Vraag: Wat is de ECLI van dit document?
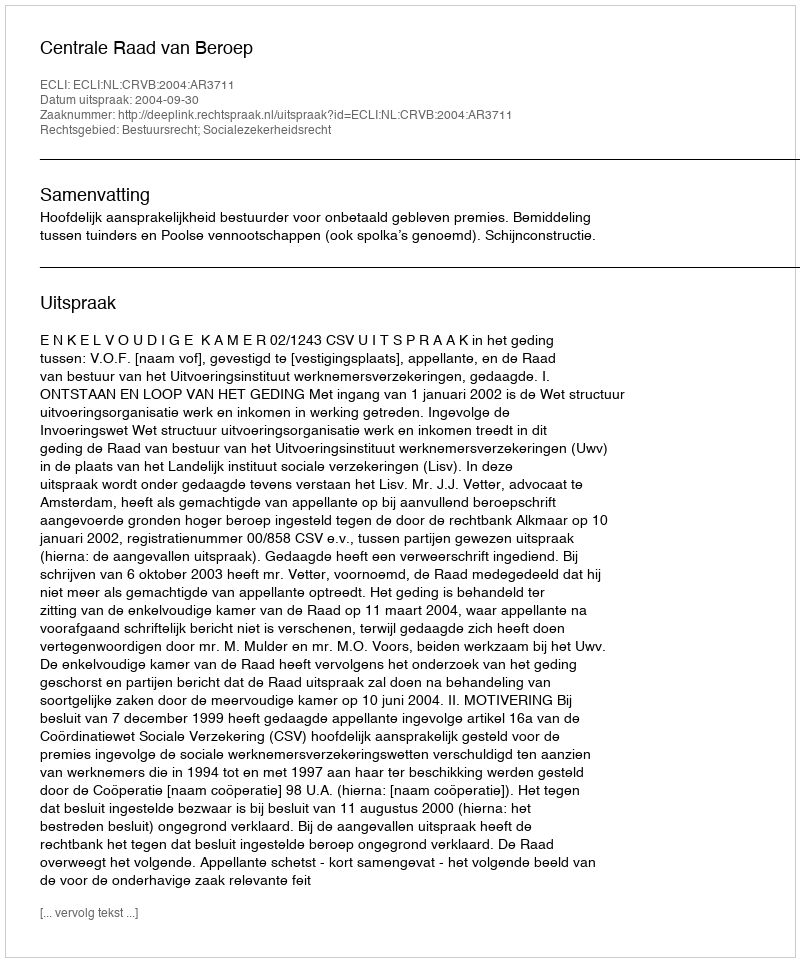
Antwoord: ECLI:NL:CRVB:2004:AR3711